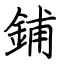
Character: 鋪